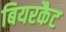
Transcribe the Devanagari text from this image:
बियरकैट